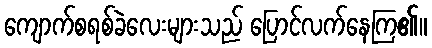
ကျောက်စရစ်ခဲလေးများသည် ပြောင်လက်နေကြ၏။